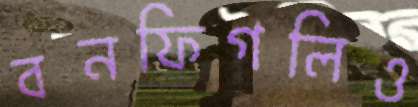
বনফিগলিও